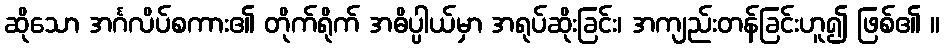
ဆိုသော အင်္ဂလိပ်စကား၏ တိုက်ရိုက် အဓိပ္ပါယ်မှာ အရုပ်ဆိုးခြင်း၊ အကျည်းတန်ခြင်းဟူ၍ ဖြစ်၏ ။